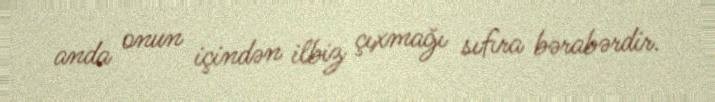
anda onun içindən ilbiz çıxmağı sıfıra bərabərdir.